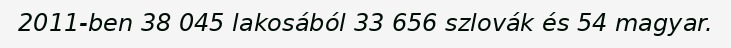
2011-ben 38 045 lakosából 33 656 szlovák és 54 magyar.